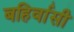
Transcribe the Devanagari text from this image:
बहिर्वासी